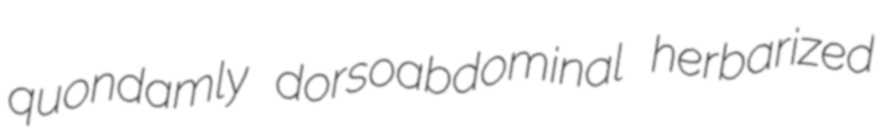
quondamly dorsoabdominal herbarized